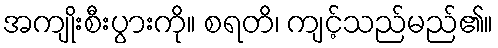
အကျိုးစီးပွားကို။ စရတိ၊ ကျင့်သည်မည်၏။